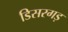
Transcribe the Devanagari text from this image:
डिसरगड़